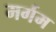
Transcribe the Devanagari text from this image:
मर्गम